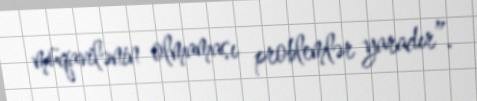
müqavilənin olmaması problemlər yaradır”.